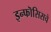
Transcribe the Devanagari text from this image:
इन्फॊसिसचे